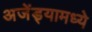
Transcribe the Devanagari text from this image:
अजेंड्यामध्ये